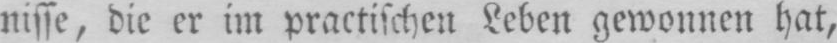
nisse, die er im practischen Leben gewonnen hat,